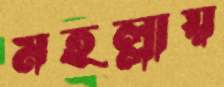
মহল্লায়